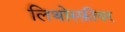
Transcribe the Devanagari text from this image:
लिथोस्फ़ीयर